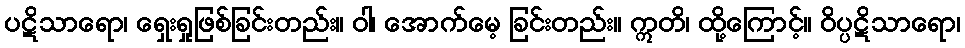
ပဋိသာရော၊ ရှေးရှုဖြစ်ခြင်းတည်း။ ဝါ၊ အောက်မေ့ ခြင်းတည်း။ ဣတိ၊ ထို့ကြောင့်။ ဝိပ္ပဋိသာရော၊